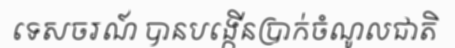
ទេសចរណ៍ បានបង្កើនប្រាក់ចំណូលជាតិ